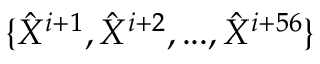
\{ \hat { X } ^ { i + 1 } , \hat { X } ^ { i + 2 } , . . . , \hat { X } ^ { i + 5 6 } \}